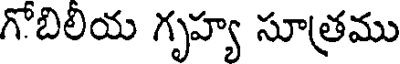
గొబిలియ గృహ్య సూత్రము